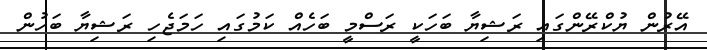
އޭރުން ޔުކްރޭންގައި ރަޝިޔާ ބަހަކީ ރަސްމީ ބަހެއް ކަމުގައި ހަމަޖެހި ރަޝިޔާ ބަހުން